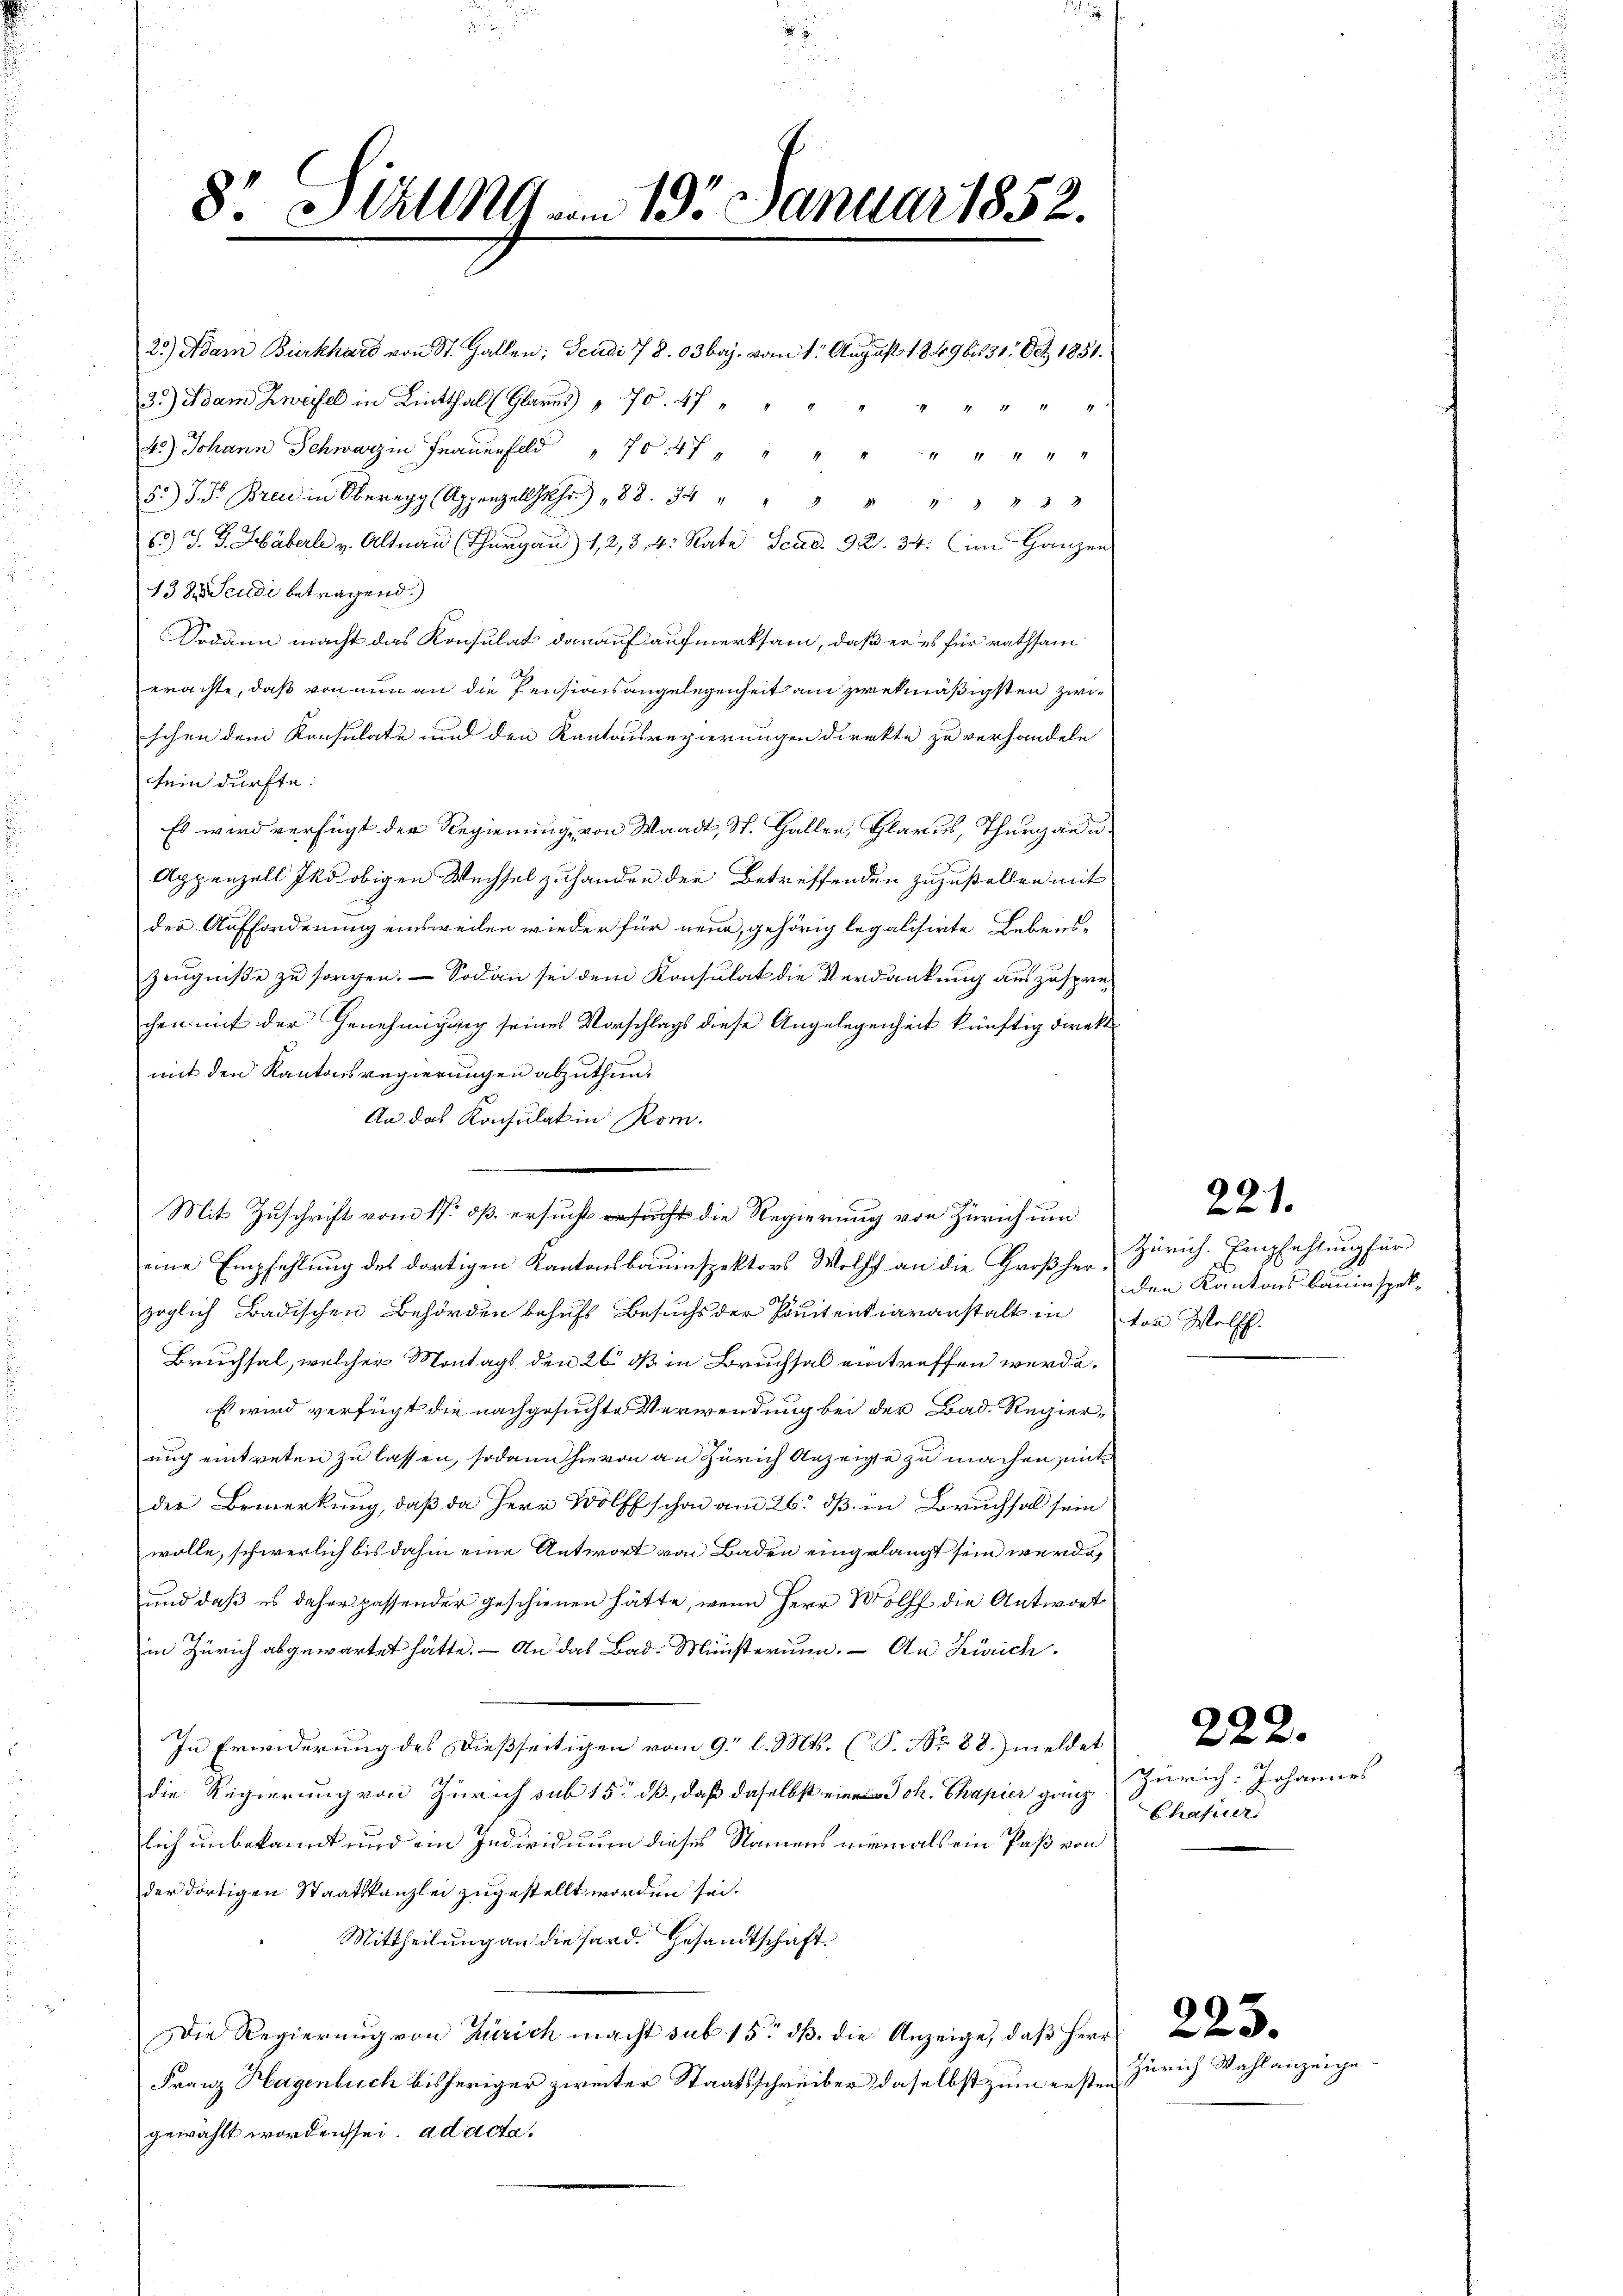
8. Stall19 vom 195. Januar 1852.

25) Adam Burkhard von St. Gallen; Scudi 78. 03baj. vom 1. August 1849 bis 31. Oct. 1851.
33) Adam Zweifel in Linthal (Glarus 170. 47 " " " " " " " "
4.) Johann Schwarz in Frauenfeld 704 " " " "
5 " " " "
65.) J. G. Häberl v. Altnau (Thurgau) 12, 3 4: Rate Scad. 921. 34. im Ganzen
138 Scudi betragend.)
Sodann macht das Konsulat darauf aufmerksam, daß er es für rathsam
erachte, daß von nun an die Pensionsangelegenheit am zwekmäßigsten zwischen dem Konsulate und den Kantonsregierungen direkte zu verhandeln
sein dürfte.
Es wird verfügt der Regierung, von Waadt, St. Gallen, Glarus, Thurgau u
Appenzell Iko obigen Wechsel zu handen der Betreffenden zuzustellen mit
der Aufforderung einsweilen wieder für neue, gehörig legalisirte Lebens¬
Zeugniße zu sorgen. — Sodann sei dem Konsulat die Verdankung auszusprechen mit der Genehmigung seines Vorschlags diese Angelegenheit künftig direkt
mit den Kantonsregierungen abzuthun.
An das Konsulat in Rom.
Mit Zuschrift vom 17. dß. ersucht ersucht die Regierung von Zürich um
eine Empfehlung des dortigen Kantonsbauinspektors Wolff an die Großher-Zürich. Empfehlung für
zoglich Badischen Behörden behufs Besuchs der Ponitentiaranstalt in von Wolff.
Bruchsal, welcher Montags den 26 dß in Bruchsal eintreffen werde.
Es wird verfügt die nachgesuchte Verwendung bei der Bad. Regieruug eintreten zu lassen, sodann hievon an Zürich Anzeige zu machen mit
der Bemerkung, daß da Herr Wolff schon am 26. dβ in Bruchsal sein
wolle, schwerlich bis dahin eine Antwort von Baden eingelangt sein werde,
und daß es daher passender geschienen hätte, wenn Herr Wölff die Antwort
in Zürich abgewartet hätte. – An das Bad- Ministerium. An Zürich
In Erwiderung des dießseitigen vom 9. l. Mts. (T. No 88.) meldet
die Regierung von Zürich sub 15. dß, daß daselbst ein Joh. Chapier ganz
lich unbekannt und ein Individuum dieses Namens niemals ein Paß von
der dortigen Staatskanzlei zugestellt worden sei.
Mittheilung an die fard. Gesandtschaft.
Die Regierŭng von Zürich macht sub 15. dβ. die Anzeige, daβ Herr
Franz Hagenbuch bisheriger zweiter Staatsschreiber daselbst zum ersten
gewählt worden sei. ad acta,

221.

den Kantonsbauinspek¬

222.

Zürich: Johannes
Chafier

Zürich Wahlanzeige

223.